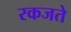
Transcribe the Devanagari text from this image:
रकजते